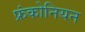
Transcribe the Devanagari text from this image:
फ्रंकोनियन